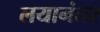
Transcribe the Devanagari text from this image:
लयानंतर